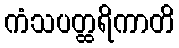
ကံသပတ္ထရိကာတိ